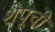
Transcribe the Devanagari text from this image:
शेपूची